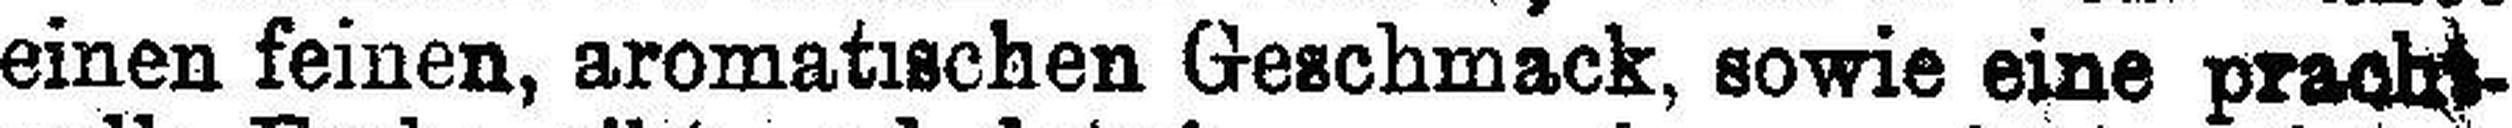
einen feinen, aromatischen Geschmack, sowie eine pracht¬